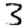
Digit: 3